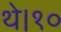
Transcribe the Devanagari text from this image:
थे।१०